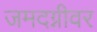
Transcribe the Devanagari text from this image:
जमदग्नीवर